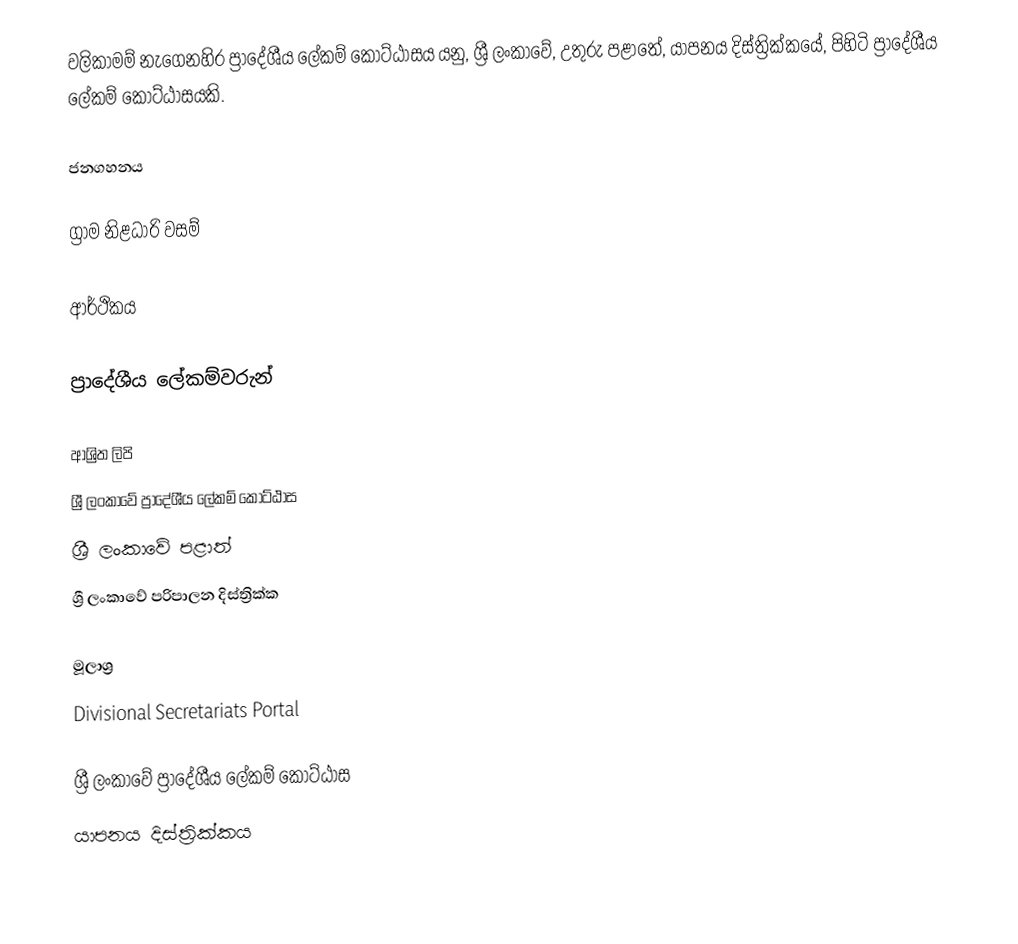
වලිකාමම් නැගෙනහිර ප්‍රාදේශීය ලේකම් කොට්ඨාසය යනු,  ශ්‍රී ලංකාවේ, උතුරු පළාතේ,   යාපනය දිස්ත්‍රික්කයේ, පිහිටි ප්‍රාදේශීය ලේකම් කොට්ඨාසයකි.

ජනගහනය

ග්‍රාම නිළධාරි වසම්

ආර්ථිකය

ප්‍රාදේශීය ලේකම්වරුන්

ආශ්‍රිත ලිපි
ශ්‍රී ලංකාවේ ප්‍රාදේශීය ලේකම් කොට්ඨාස
ශ්‍රී ලංකාවේ පළාත්
ශ්‍රී ලංකාවේ පරිපාලන දිස්ත්‍රික්ක

මූලාශ්‍ර
 Divisional Secretariats Portal

ශ්‍රී ලංකාවේ ප්‍රාදේශීය ලේකම් කොට්ඨාස
යාපනය දිස්ත්‍රික්කය